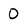
Character: 0